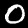
Digit: 0